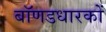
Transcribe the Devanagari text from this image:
बॉणडधारकों